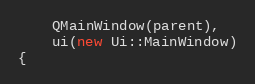
Language: C++
    QMainWindow(parent),
    ui(new Ui::MainWindow)
{